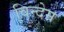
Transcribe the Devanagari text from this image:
विन्देम